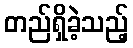
တည်ရှိခဲ့သည့်